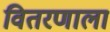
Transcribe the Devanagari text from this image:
वितरणाला